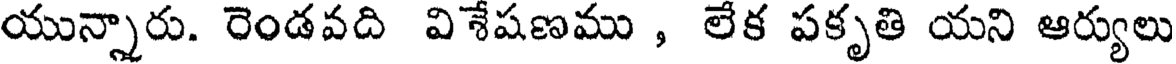
యున్నారు. రెండవది విశేషణము , లేక పకృతి యని ఆర్యులు